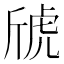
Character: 䖐